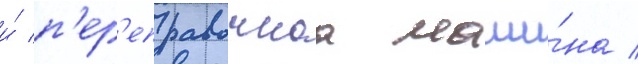
и́ п'ер'еправочнаа маши́на /